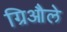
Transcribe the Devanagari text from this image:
ग्रिऔले